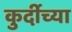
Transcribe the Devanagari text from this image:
कुर्दीच्या